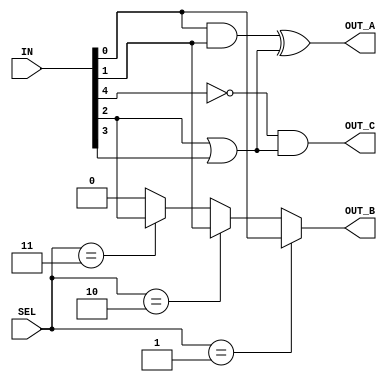
module CLB (
    input wire [7:0] IN,    // 8 input lines
    input wire [3:0] SEL,   // 4-bit selector for multiplexing
    output wire OUT_A,      // Output A
    output wire OUT_B,      // Output B
    output wire OUT_C       // Output C
);

// Intermediate signals for combinational logic
wire and_out, or_out, not_out;
wire mux_out_A, mux_out_B;

// Logic operations
// Example: AND, OR, NOT operations
assign and_out = IN[0] & IN[1];      // AND operation on IN[0] and IN[1]
assign or_out = IN[2] | IN[3];        // OR operation on IN[2] and IN[3]
assign not_out = ~IN[4];               // NOT operation on IN[4]

// Output logic for OUT_A
assign OUT_A = and_out ^ or_out;      // XOR result of AND and OR for OUT_A

// Multiplexer to select between different combinations of inputs for OUT_B
assign mux_out_A = (SEL == 4'b0001) ? IN[0] :
                   (SEL == 4'b0010) ? IN[1] :
                   (SEL == 4'b0011) ? IN[2] : 1'b0; // Default case for mux

// OUT_B is connected to the output of the multiplexer
assign OUT_B = mux_out_A;

// Multiple outputs using different logic functions
assign OUT_C = not_out & or_out;      // AND combination for OUT_C

endmodule